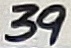
Text: 39